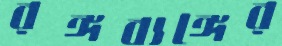
রঙ্গব্যঙ্গের